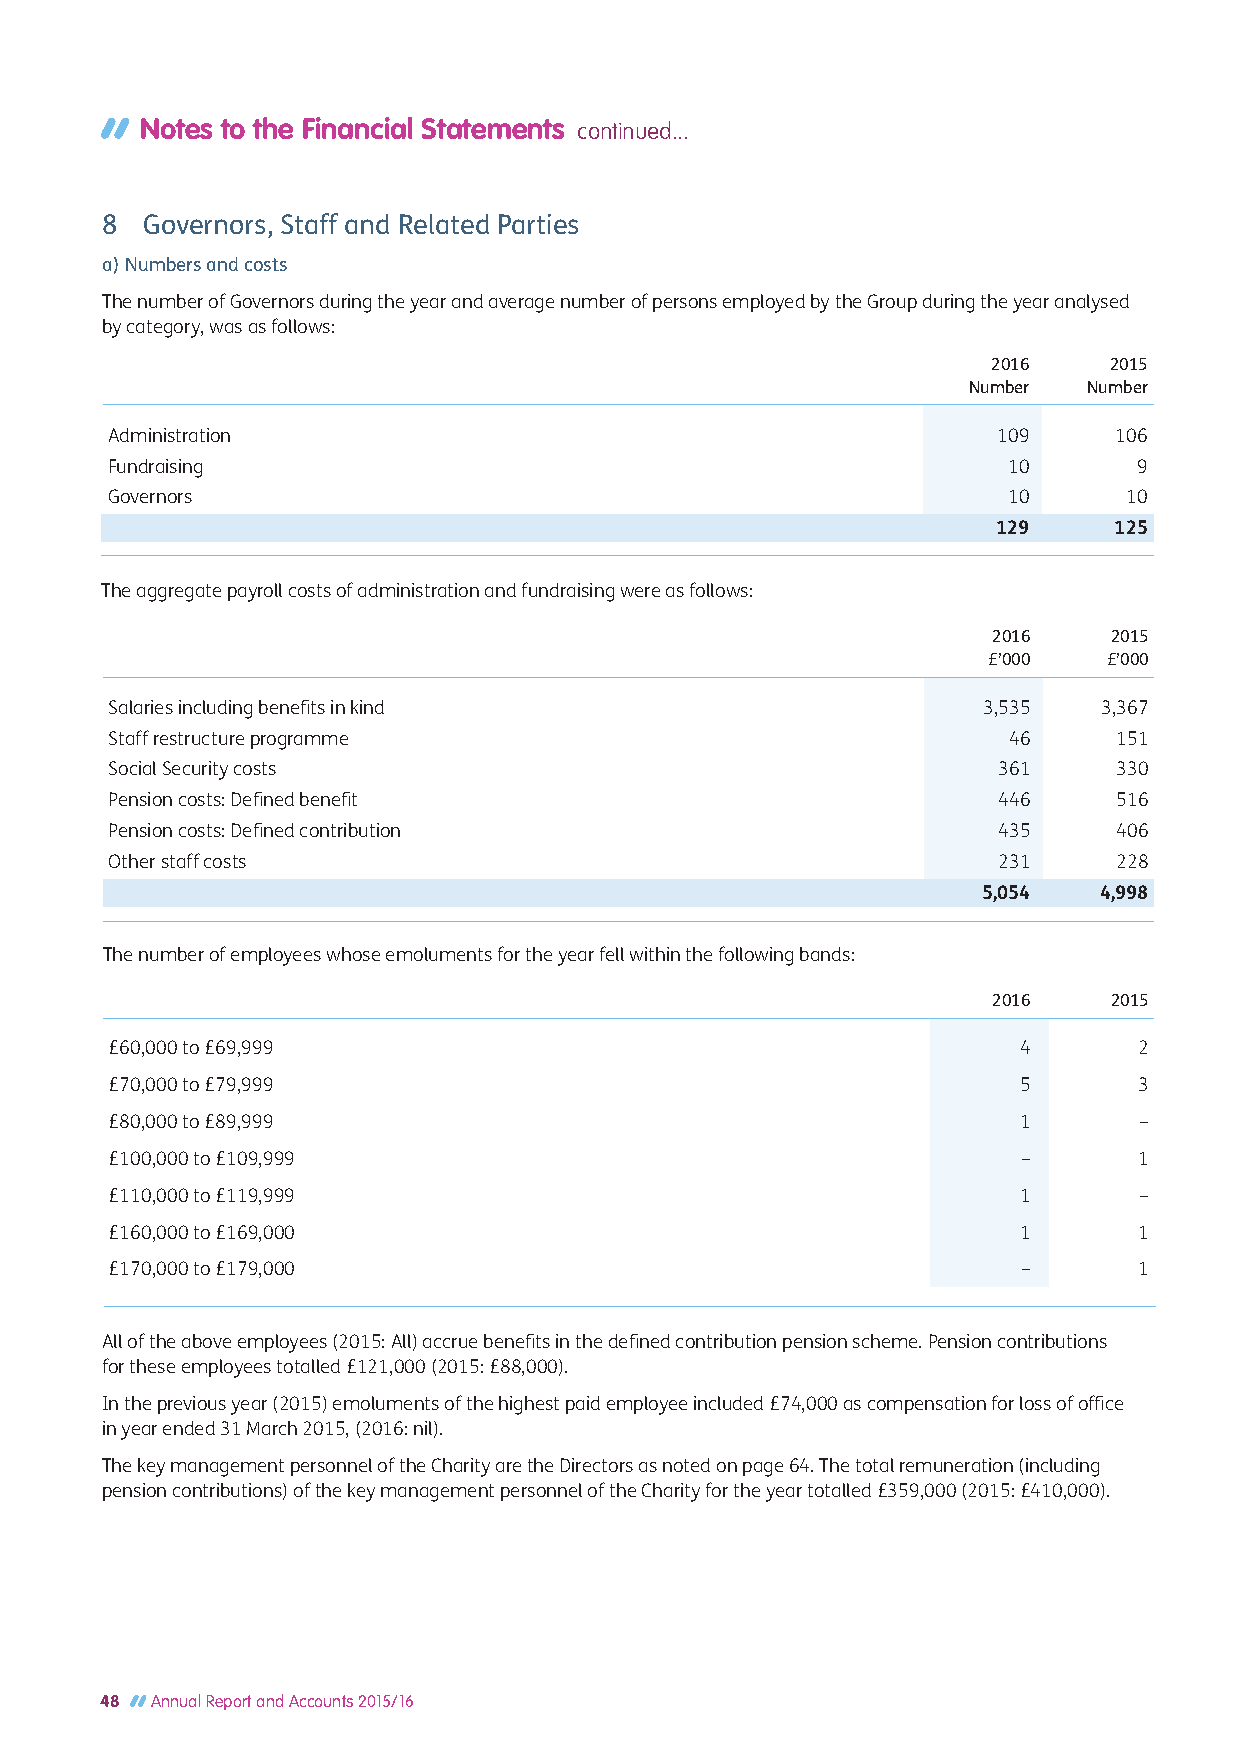
Notes to the Financial Statements continued...
 8 Governors, Staff and Related Parties
 a) Numbers and costs
 The number of Governors during the year and average number of persons employed by the Group during the year analysed
 by category, was as follows:
 2016   2015
 Number  Number
 Administration                                             109     106
 Fundraising                                                 10      9
 Governors                                                   10      10
 129     125
 The aggregate payroll costs of administration and fundraising were as follows:
 2016   2015
 £’000   £’000
 Salaries including benefits in kind                       3,535   3,367
 Staff restructure programme                                 46     151
 Social Security costs                                      361     330
 Pension costs: Defined benefit                             446     516
 Pension costs: Defined contribution                        435     406
 Other staff costs                                          231     228
 5,054   4,998
 The number of employees whose emoluments for the year fell within the following bands:
 2016   2015
 £60,000 to £69,999                                          4       2
 £70,000 to £79,999                                          5       3
 £80,000 to £89,999                                          1       –
 £100,000 to £109,999                                         –      1
 £110,000 to £119,999                                        1       –
 £160,000 to £169,000                                        1       1
 £170,000 to £179,000                                         –      1
 All of the above employees (2015: All) accrue benefits in the defined contribution pension scheme. Pension contributions
 for these employees totalled £121,000 (2015: £88,000).
 In the previous year (2015) emoluments of the highest paid employee included £74,000 as compensation for loss of office
 in year ended 31 March 2015, (2016: nil).
 The key management personnel of the Charity are the Directors as noted on page 64. The total remuneration (including
 pension contributions) of the key management personnel of the Charity for the year totalled £359,000 (2015: £410,000).
 48 Annual Report and Accounts 2015/16